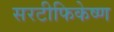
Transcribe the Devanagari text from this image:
सरटीफिकेष्ण